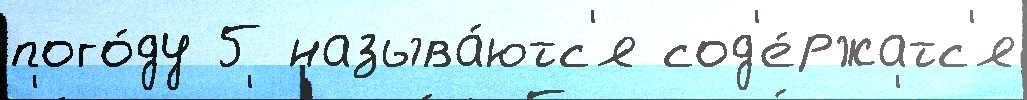
пого́ду 5 называ́ютс'я сод'е́ржатс'я